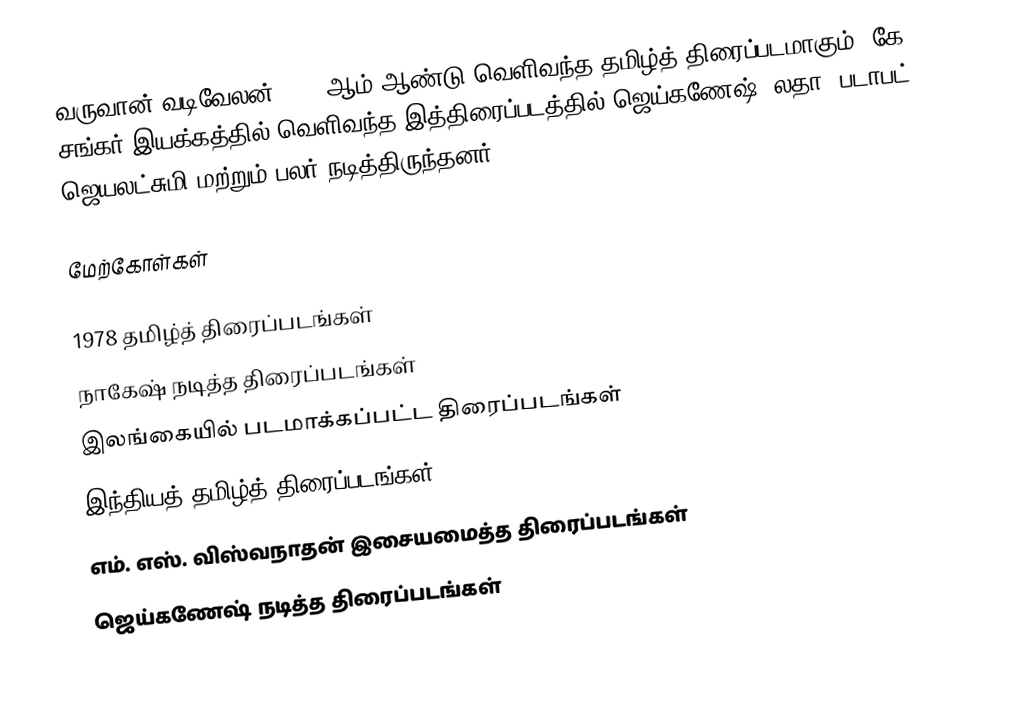
வருவான் வடிவேலன் 1978 ஆம் ஆண்டு வெளிவந்த தமிழ்த் திரைப்படமாகும். கே. சங்கர் இயக்கத்தில் வெளிவந்த இத்திரைப்படத்தில் ஜெய்கணேஷ், லதா, படாபட் ஜெயலட்சுமி மற்றும் பலர் நடித்திருந்தனர்.

மேற்கோள்கள்

1978 தமிழ்த் திரைப்படங்கள்
நாகேஷ் நடித்த திரைப்படங்கள்
இலங்கையில் படமாக்கப்பட்ட திரைப்படங்கள்
இந்தியத் தமிழ்த் திரைப்படங்கள்
எம். எஸ். விஸ்வநாதன் இசையமைத்த திரைப்படங்கள்
ஜெய்கணேஷ் நடித்த திரைப்படங்கள்